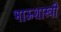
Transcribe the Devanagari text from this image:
भाऊशास्त्री